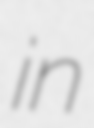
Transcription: in